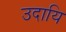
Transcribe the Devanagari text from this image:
उदायि